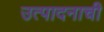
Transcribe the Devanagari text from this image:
उत्‍पादनाची